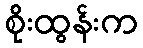
စိုးထွန်းက